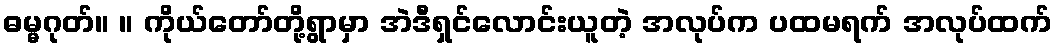
ဓမ္မဂုတ်။ ။ ကိုယ်တော်တို့ရွာမှာ အဲဒီရှင်လောင်းယူတဲ့ အလုပ်က ပထမရက် အလုပ်ထက်